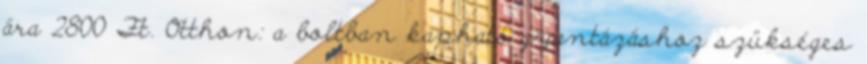
ára 2800 Ft. Otthon: a boltban kapható gyantázáshoz szükséges